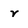
Character: r